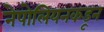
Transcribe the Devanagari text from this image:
नेपोलियनकडून